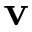
\mathbf { v }